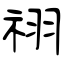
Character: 祤